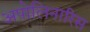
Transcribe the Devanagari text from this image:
अपोलिनारिस